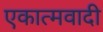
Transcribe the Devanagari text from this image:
एकात्मवादी